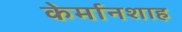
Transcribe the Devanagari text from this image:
केर्मानशाह